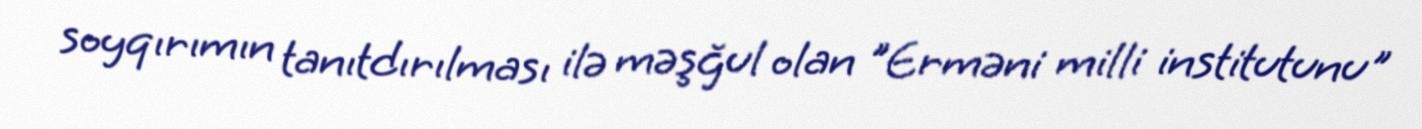
soyqırımın tanıtdırılması ilə məşğul olan "Erməni milli institutunu"